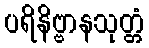
ပရိနိဗ္ဗာနသုတ္တံ